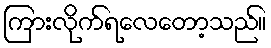
ကြားလိုက်ရလေတော့သည်။